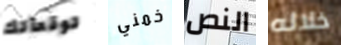
توقعاتك خمني النص خلاله